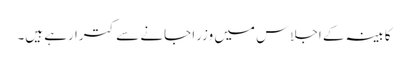
کابینہ کے اجلاس میں وزرا جانے سے کترا رہے ہیں۔